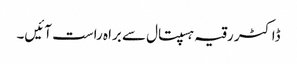
ڈاکٹر رقیہ ہسپتال سے براہ راست آئیں۔